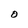
Character: O